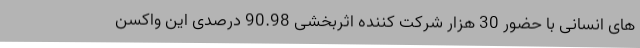
های انسانی با حضور 30 هزار شرکت کننده اثربخشی 90.98 درصدی این واکسن